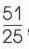
\(\frac{51}{25}\)